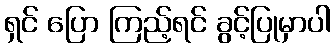
ရှင် ပြော ကြည့်ရင် ခွင့်ပြုမှာပါ